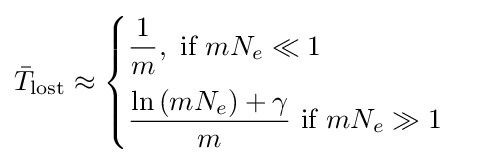
{\bar {T}}_{\text{lost}}\approx {\begin{cases}{\dfrac {1}{m}},{\text{ if }}mN_{e}\ll 1\\[8pt]{\dfrac {\ln {(mN_{e})}+\gamma }{m}}{\text{ if }}mN_{e}\gg 1\end{cases}}